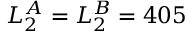
L _ { 2 } ^ { A } = L _ { 2 } ^ { B } = 4 0 5